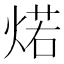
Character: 𰞾